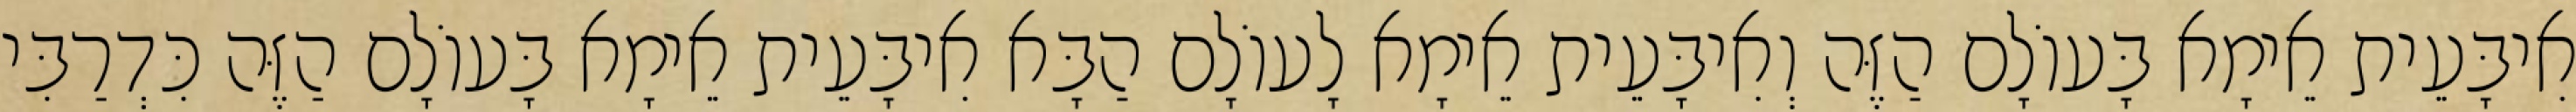
אִיבָּעֵית אֵימָא בָּעוֹלָם הַזֶּה וְאִיבָּעֵית אֵימָא לָעוֹלָם הַבָּא אִיבָּעֵית אֵימָא בָּעוֹלָם הַזֶּה כִּדְרַבִּי